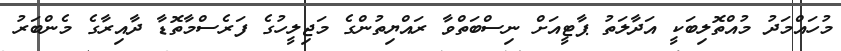
މުހައްމަދު މުއްތޮލިބަކީ އަދާލަތު ޕާޓީއަށް ނިސްބަތްވާ ރައްޔިތުންގެ މަޖިލީހުގެ ފަރެސްމާތޮޑާ ދާއިރާގެ މެންބަރު